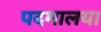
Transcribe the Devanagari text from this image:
पदमालया